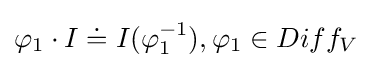
\varphi _{1}\cdot I\doteq I(\varphi _{1}^{-1}),\varphi _{1}\in Diff_{V}